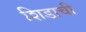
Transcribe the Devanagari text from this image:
शिडाची